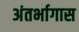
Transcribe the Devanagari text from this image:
अंतर्भागास